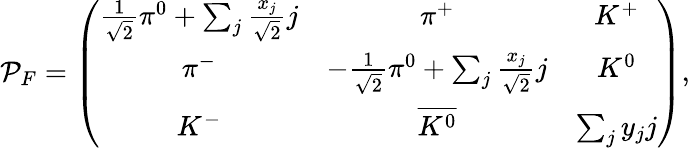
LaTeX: \mathcal{P}_{F}=\left(\begin{array}{ccc}{{\frac{1}{\sqrt{2}}\pi^{0}+\sum_{j}\frac{x_{j}}{\sqrt{2}}j}}&{{\pi^{+}}}&{{K^{+}}}\\ {{\pi^{-}}}&{{-\frac{1}{\sqrt{2}}\pi^{0}+\sum_{j}\frac{x_{j}}{\sqrt{2}}j}}&{{K^{0}}}\\ {{K^{-}}}&{{\overline{{{K^{0}}}}}}&{{\sum_{j}y_{j}j}}\end{array}\right),